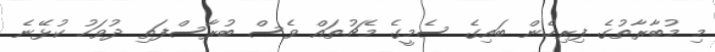
މި މުބާރާތުގެ ފިރިހެން ބައިގެ ސެމީގެ މެޗުތައް ވެސް ބުރާސްފަތި ދުވަހު ކުޅޭނެ